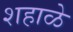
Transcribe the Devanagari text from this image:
शहाळे